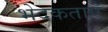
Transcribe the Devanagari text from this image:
भेदकताएँ